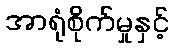
အာရုံစိုက်မှုနှင့်